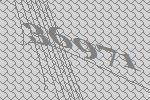
36971